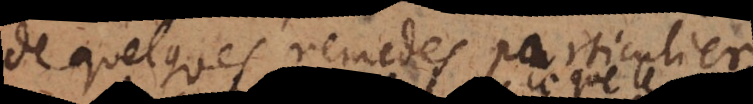
de quelques remedes particuliers